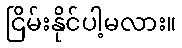
ငြိမ်းနိုင်ပါ့မလား။